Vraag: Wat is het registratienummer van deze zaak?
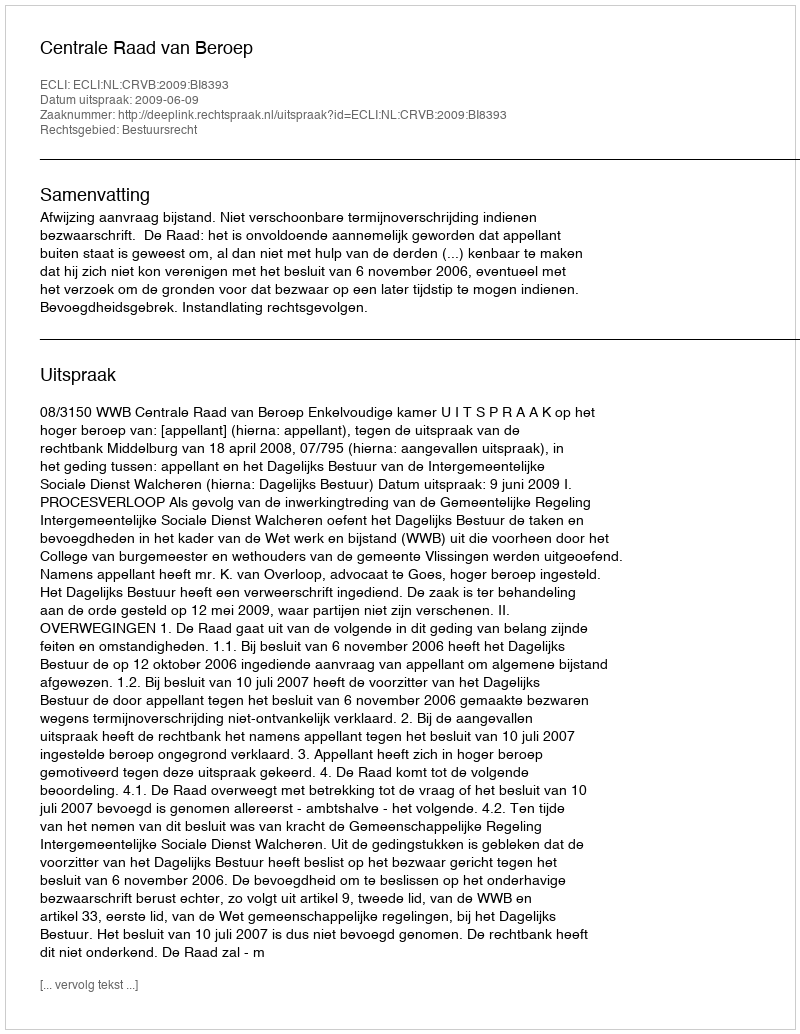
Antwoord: http://deeplink.rechtspraak.nl/uitspraak?id=ECLI:NL:CRVB:2009:BI8393